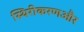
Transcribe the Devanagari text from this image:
स्थिरीकरणऔर